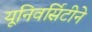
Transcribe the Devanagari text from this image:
यूनिवर्सिटीने